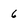
Character: 6